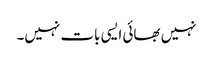
نہیں بھائی ایسی بات نہیں۔